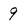
Character: 9